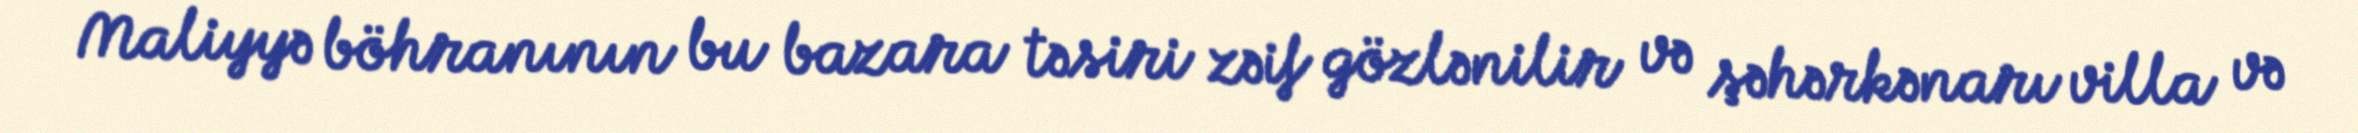
Maliyyə böhranının bu bazara təsiri zəif gözlənilir və şəhərkənarı villa və